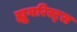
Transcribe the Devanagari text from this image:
ह्यूमरिस्ट्स